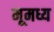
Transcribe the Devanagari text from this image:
मूमध्य